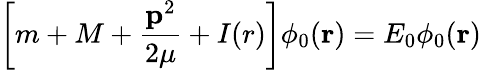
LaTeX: \left[m+M+\frac{{\mathbf p}^{2}}{2\mu}+I(r)\right]\phi_{0}({\mathbf r})=E_{0}\phi_{0}({\mathbf r})